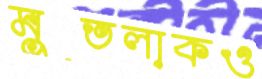
মুতলাকও